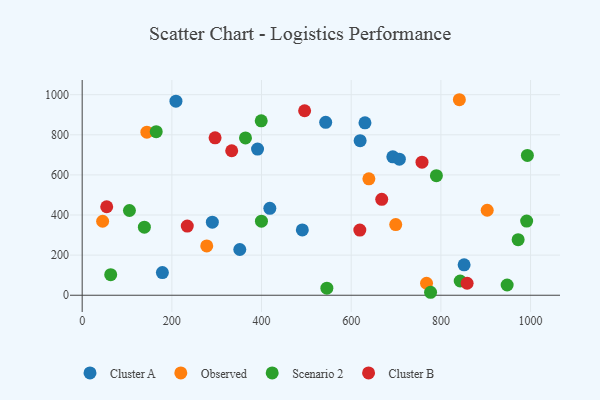
{"axis": {"x": "Ad Spend", "y": "Fuel Efficiency"}, "legend": ["Cluster A", "Cluster B", "Observed", "Scenario 2"], "data": [{"x": "391.1", "y": 728.9, "type": "Cluster A"}, {"x": "692.8", "y": 690.3, "type": "Cluster A"}, {"x": "209.1", "y": 967.5, "type": "Cluster A"}, {"x": "491.0", "y": 325.6, "type": "Cluster A"}, {"x": "619.9", "y": 770.8, "type": "Cluster A"}, {"x": "630.7", "y": 859.5, "type": "Cluster A"}, {"x": "418.5", "y": 433.3, "type": "Cluster A"}, {"x": "707.4", "y": 678.4, "type": "Cluster A"}, {"x": "351.5", "y": 228.1, "type": "Cluster A"}, {"x": "290.3", "y": 364.2, "type": "Cluster A"}, {"x": "851.8", "y": 151.6, "type": "Cluster A"}, {"x": "543.1", "y": 862.3, "type": "Cluster A"}, {"x": "178.9", "y": 113.2, "type": "Cluster A"}, {"x": "841.2", "y": 974.9, "type": "Observed"}, {"x": "699.3", "y": 352.5, "type": "Observed"}, {"x": "144.3", "y": 813.0, "type": "Observed"}, {"x": "903.3", "y": 423.7, "type": "Observed"}, {"x": "639.4", "y": 580.5, "type": "Observed"}, {"x": "277.8", "y": 245.7, "type": "Observed"}, {"x": "768.0", "y": 59.7, "type": "Observed"}, {"x": "45.6", "y": 369.0, "type": "Observed"}, {"x": "777.0", "y": 14.8, "type": "Scenario 2"}, {"x": "947.8", "y": 51.1, "type": "Scenario 2"}, {"x": "364.2", "y": 784.2, "type": "Scenario 2"}, {"x": "991.3", "y": 369.8, "type": "Scenario 2"}, {"x": "165.1", "y": 815.7, "type": "Scenario 2"}, {"x": "138.7", "y": 339.4, "type": "Scenario 2"}, {"x": "545.7", "y": 35.4, "type": "Scenario 2"}, {"x": "972.3", "y": 277.0, "type": "Scenario 2"}, {"x": "63.6", "y": 102.8, "type": "Scenario 2"}, {"x": "399.3", "y": 869.5, "type": "Scenario 2"}, {"x": "790.0", "y": 596.4, "type": "Scenario 2"}, {"x": "399.8", "y": 369.1, "type": "Scenario 2"}, {"x": "992.9", "y": 697.1, "type": "Scenario 2"}, {"x": "105.4", "y": 422.6, "type": "Scenario 2"}, {"x": "843.1", "y": 71.1, "type": "Scenario 2"}, {"x": "757.9", "y": 663.7, "type": "Cluster B"}, {"x": "333.5", "y": 720.4, "type": "Cluster B"}, {"x": "858.5", "y": 59.7, "type": "Cluster B"}, {"x": "296.4", "y": 784.9, "type": "Cluster B"}, {"x": "234.4", "y": 344.7, "type": "Cluster B"}, {"x": "54.7", "y": 441.2, "type": "Cluster B"}, {"x": "619.2", "y": 324.9, "type": "Cluster B"}, {"x": "496.1", "y": 920.0, "type": "Cluster B"}, {"x": "668.1", "y": 478.2, "type": "Cluster B"}]}